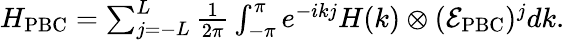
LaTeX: \begin{array}{r}{H_{\mathrm{PBC}}=\sum_{j=-L}^{L}\frac{1}{2\pi}\int_{-\pi}^{\pi}e^{-ikj}H(k)\otimes(\mathcal{E}_{\mathrm{PBC}})^{j}dk.}\end{array}